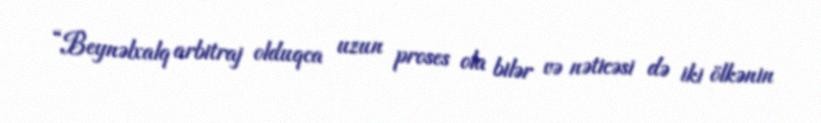
“Beynəlxalq arbitraj olduqca uzun proses ola bilər və nəticəsi də iki ölkənin